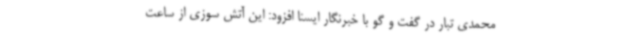
محمدی تبار در گفت و گو با خبرنگار ایسنا افزود: این آتش سوزی از ساعت